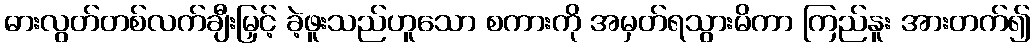
ဓားလွတ်တစ်လက်ချီးမြှင့် ခဲ့ဖူးသည်ဟူသော စကားကို အမှတ်ရသွားမိကာ ကြည်နူး အားတက်၍